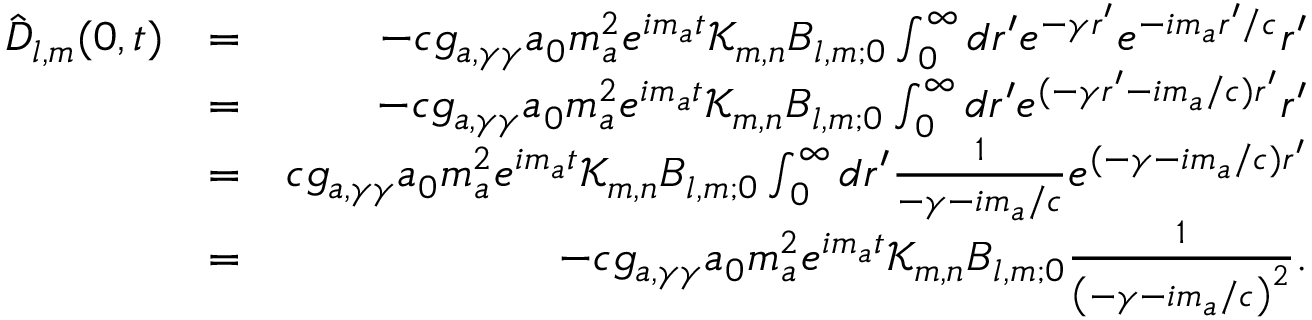
\begin{array} { r l r } { { \hat { \boldsymbol D } } _ { l , m } ( 0 , t ) } & { = } & { - c g _ { a , \gamma \gamma } a _ { 0 } m _ { a } ^ { 2 } e ^ { i m _ { a } t } \mathcal K _ { m , n } \boldsymbol B _ { l , m ; 0 } \int _ { 0 } ^ { \infty } d r ^ { \prime } e ^ { - \gamma r ^ { \prime } } e ^ { - i m _ { a } r ^ { \prime } / c } r ^ { \prime } } \\ & { = } & { - c g _ { a , \gamma \gamma } a _ { 0 } m _ { a } ^ { 2 } e ^ { i m _ { a } t } \mathcal K _ { m , n } \boldsymbol B _ { l , m ; 0 } \int _ { 0 } ^ { \infty } d r ^ { \prime } e ^ { ( - \gamma r ^ { \prime } - i m _ { a } / c ) r ^ { \prime } } r ^ { \prime } } \\ & { = } & { c g _ { a , \gamma \gamma } a _ { 0 } m _ { a } ^ { 2 } e ^ { i m _ { a } t } \mathcal K _ { m , n } \boldsymbol B _ { l , m ; 0 } \int _ { 0 } ^ { \infty } d r ^ { \prime } \frac { 1 } { - \gamma - i m _ { a } / c } e ^ { ( - \gamma - i m _ { a } / c ) r ^ { \prime } } } \\ & { = } & { - c g _ { a , \gamma \gamma } a _ { 0 } m _ { a } ^ { 2 } e ^ { i m _ { a } t } \mathcal K _ { m , n } \boldsymbol B _ { l , m ; 0 } \frac { 1 } { \left( - \gamma - i m _ { a } / c \right) ^ { 2 } } . } \end{array}